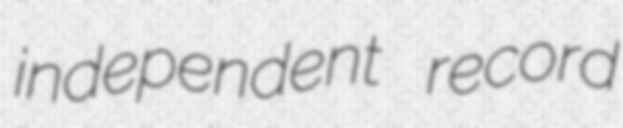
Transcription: independent record